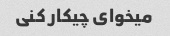
میخوای چیکار کنی